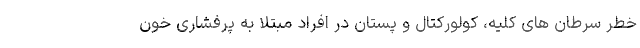
خطر سرطان های کلیه، کولورکتال و پستان در افراد مبتلا به پرفشاری خون